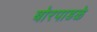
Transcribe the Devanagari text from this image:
बोरपाडळे